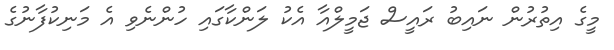
މީގެ އިތުރުން ނައިބު ރައީސް ޖަމީލްއާ އެކު ލަންކާގައި ހުންނެވި އެ މަނިކުފާނުގެ